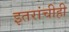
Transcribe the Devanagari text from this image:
इतरांचीही